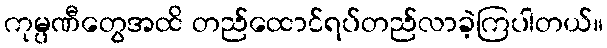
ကုမ္ပဏီတွေအထိ တည်ထောင်ရပ်တည်လာခဲ့ကြပါတယ်။